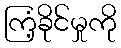
ကြံ့ခိုင်မှုကို